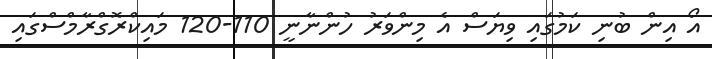
އޯ އިން ބުނި ކަމުގައި ވިޔަސް އެ މިންވަރު ހުންނާނީ 110-120 މައިކްރޮގްރާމްސްގައި